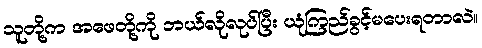
သူတို့က အဖေတို့ကို ဘယ်လိုလုပ်ပြီး ယုံကြည်ခွင့်မပေးရတာလဲ။